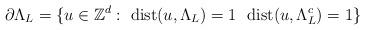
LaTeX: \begin{align*} \partial \Lambda_L=\{u\in \mathbb{Z}^d:\,\,\mathrm{dist}(u,\Lambda_L)=1\,\,\,\,\mathrm{dist}(u,\Lambda^{c}_L)=1\} \end{align*}